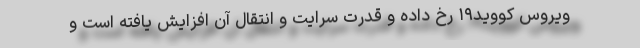
ویروس کووید۱۹ رخ داده و قدرت سرایت و انتقال آن افزایش یافته است و